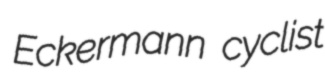
Eckermann cyclist